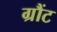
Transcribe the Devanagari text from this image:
ग्रौंट